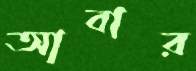
আবার